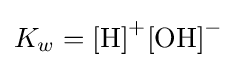
K_{w}=\mathrm {[H]} ^{+}\mathrm {[OH]} ^{-}